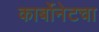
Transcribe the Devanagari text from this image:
कार्बोनेटचा